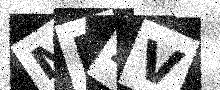
Text: MRZV